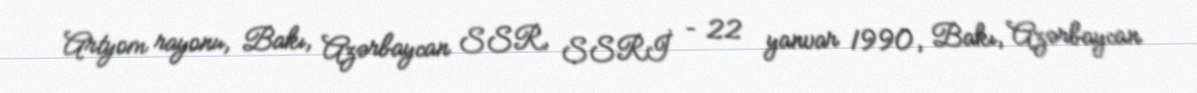
Artyom rayonu, Bakı, Azərbaycan SSR, SSRİ – 22 yanvar 1990, Bakı, Azərbaycan